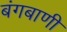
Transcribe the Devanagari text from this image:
बंगबाणी